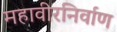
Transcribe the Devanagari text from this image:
महावीरनिर्वाण